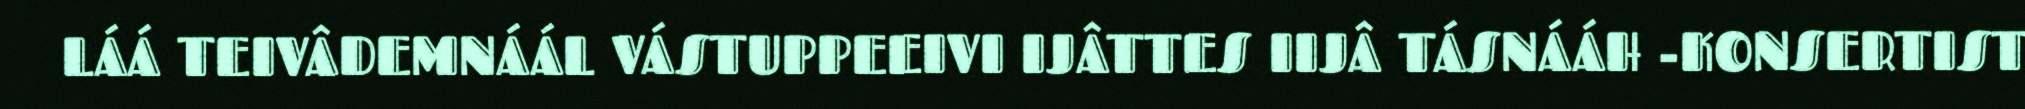
LÁÁ TEIVÂDEMNÁÁL VÁSTUPPEEIVI IJÂTTES IIJÂ TÁSNÁÁH -KONSERTIST